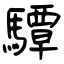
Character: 驔